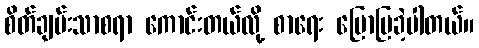
စိတ်ချမ်းသာစရာ ကောင်းတယ်လို့ စာရေး ပြောပြခဲ့ပါတယ်။